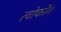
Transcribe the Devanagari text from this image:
त्वोर्कोन